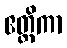
ဧတ္တိကာ